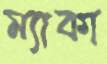
ম্যাকা